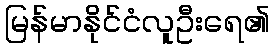
မြန်မာနိုင်ငံလူဦးရေ၏